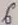
Text: 6